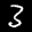
Label: 3